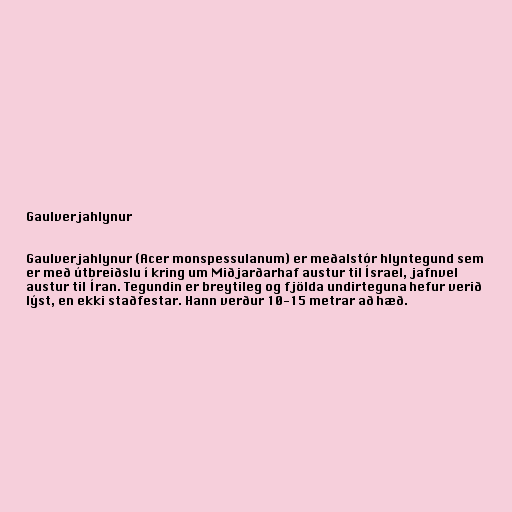
Gaulverjahlynur

Gaulverjahlynur (Acer monspessulanum) er meðalstór hlyntegund sem
er með útbreiðslu í kring um Miðjarðarhaf austur til Ísrael, jafnvel
austur til Íran. Tegundin er breytileg og fjölda undirteguna hefur verið
lýst, en ekki staðfestar. Hann verður 10-15 metrar að hæð.